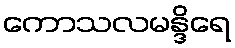
ကောသလမန္ဒိရေ